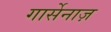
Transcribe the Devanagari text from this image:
गार्सेनाज़